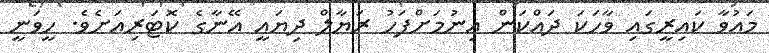
މައުވާ ކައިރީގައި ވާހަކަ ދައްކަން އިނުމަށްފަހު ރަޔާލް ދިޔައީ އޭނާގެ ކޮޓަރިއަށެވެ. ހީވަނީ